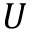
U